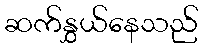
ဆက်နွှယ်နေသည်